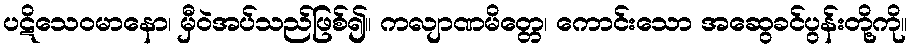
ပဋိသေဝမာနော၊ မှီဝဲအပ်သည်ဖြစ်၍။ ကလျာဏမိတ္တေ၊ ကောင်းသော အဆွေခင်ပွန်းတို့ကို။